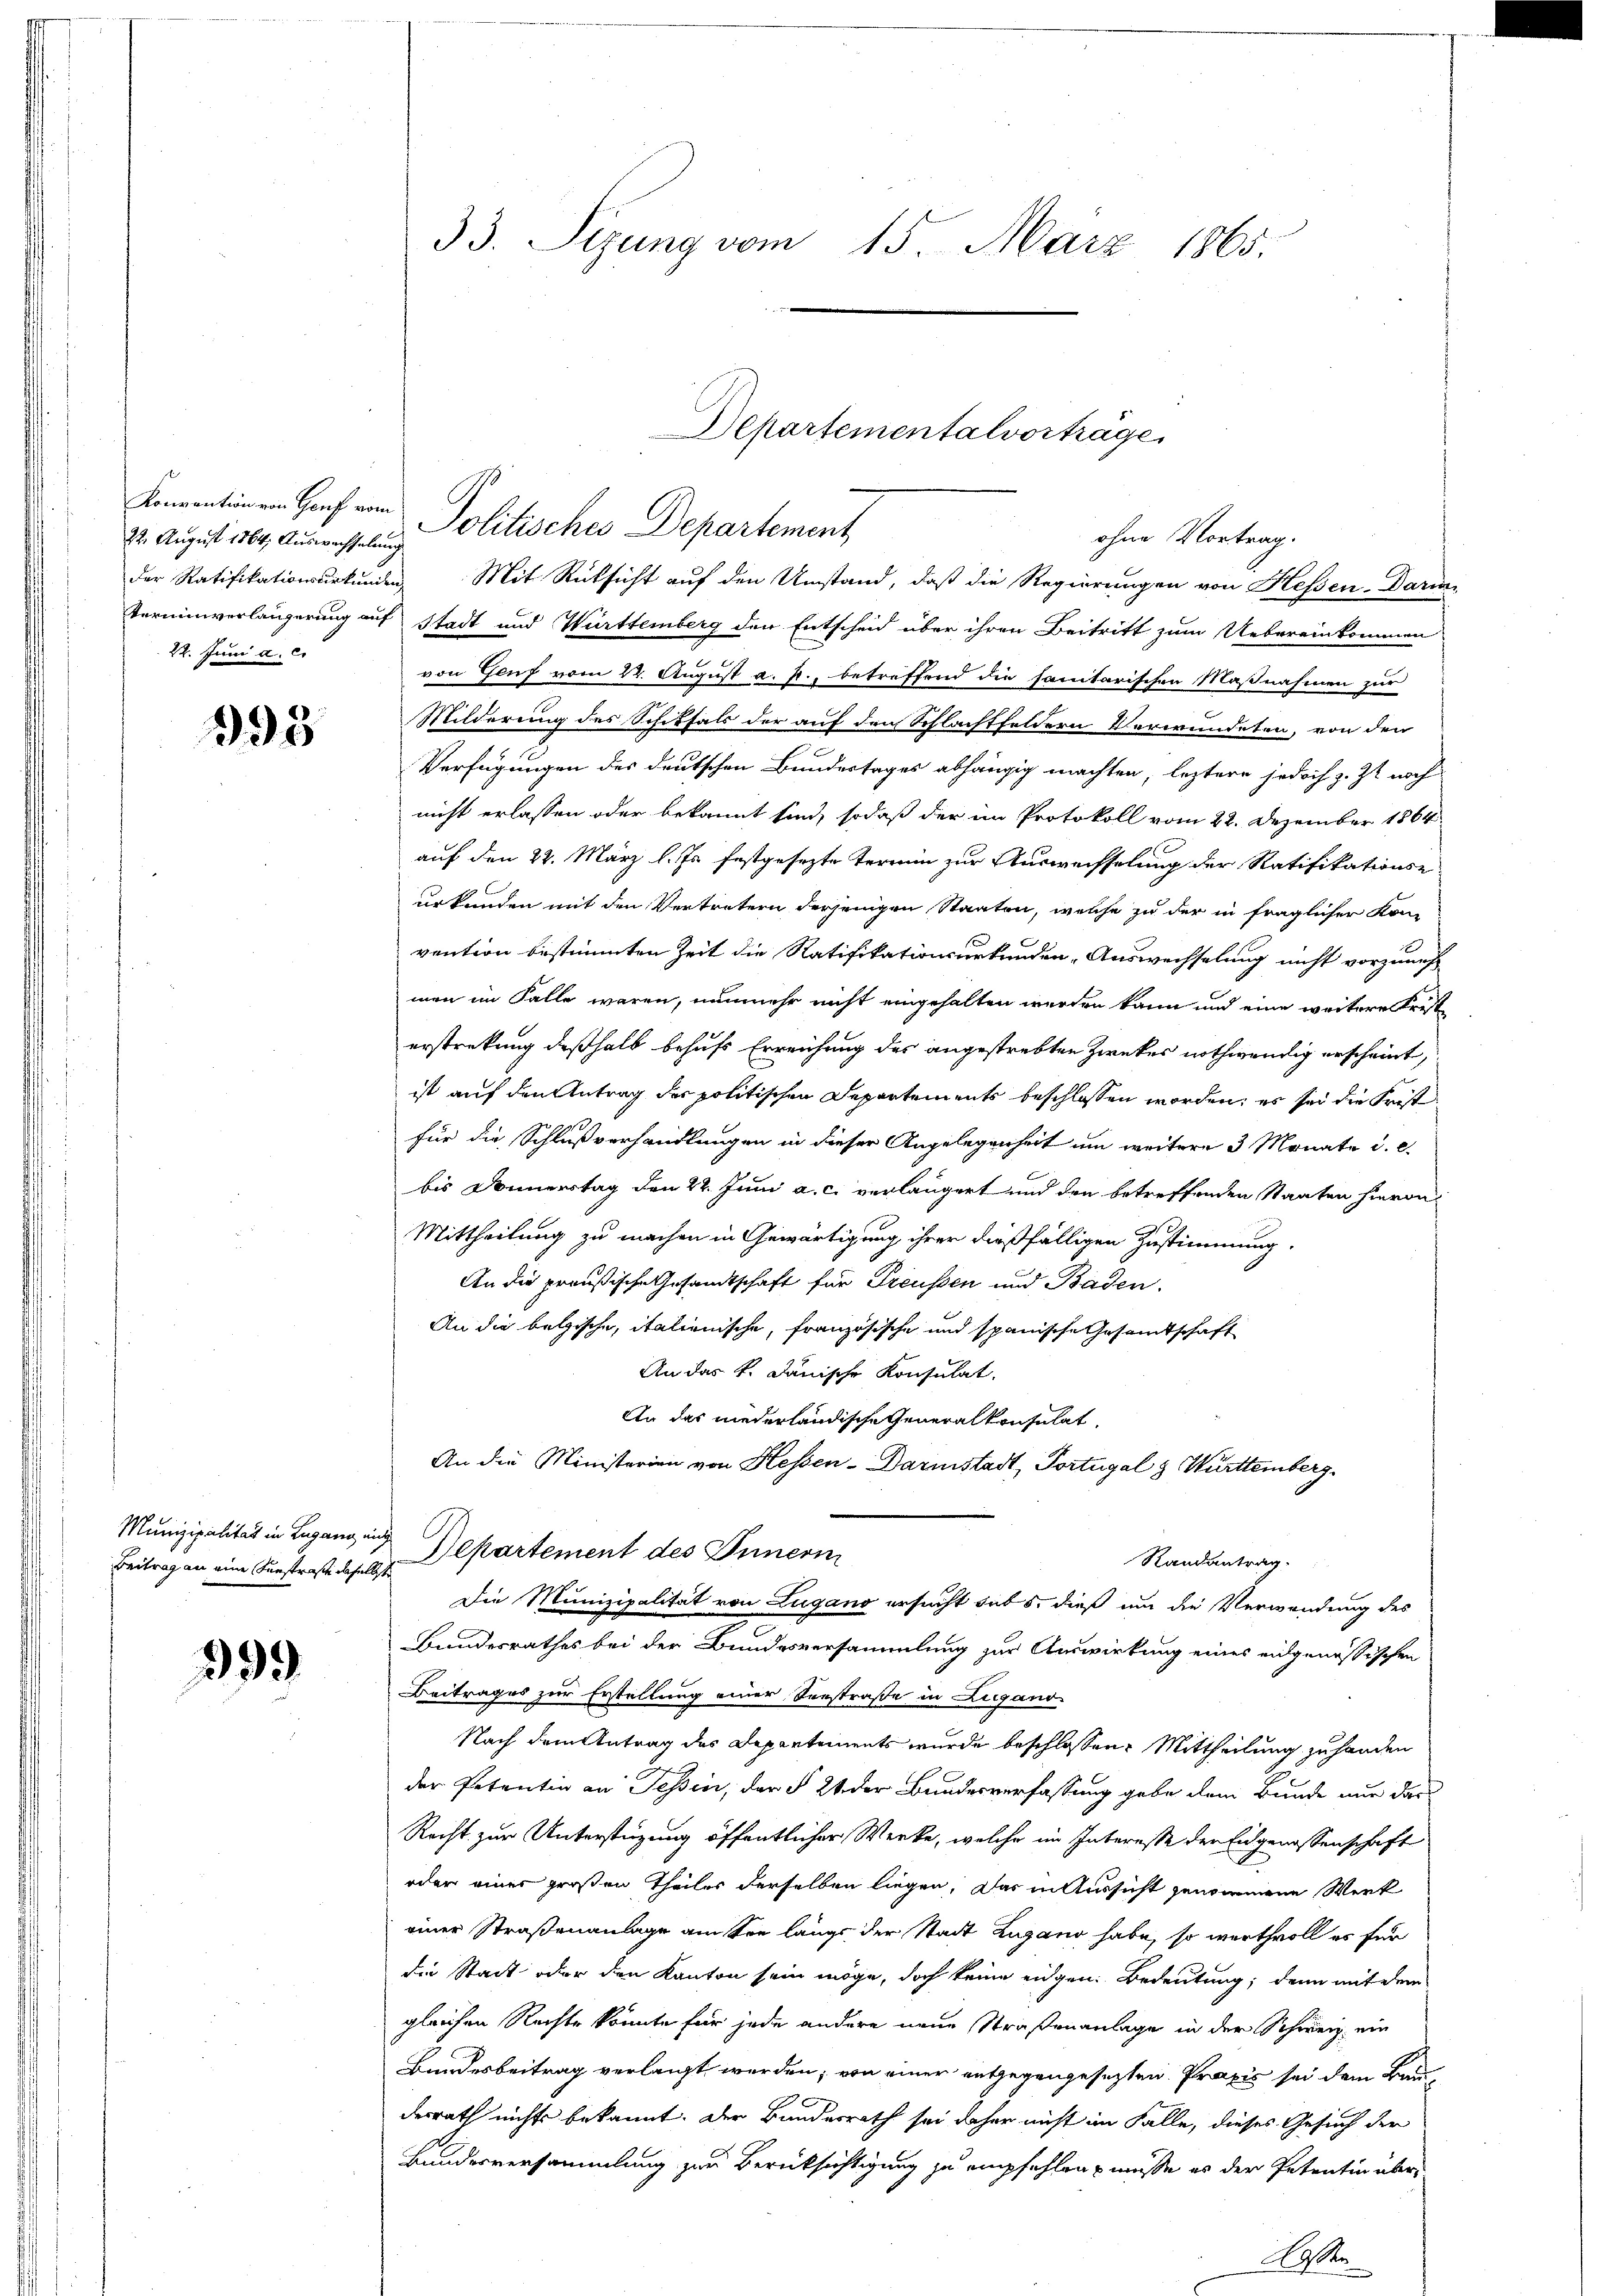
22. August 1864, Auswachselung
der Ratifikationsurkunden,
22. Juni a. c.

398

Munizipalität in Lugang auch

399

33. Sizung vom 15. März 1865.

Konventin an Hanf von Politisches Departement
Mit Rücksicht auf den Umstand, daß die Regierungen von Hessen-Darms
Terminverlängerung auf Stadt und Württemberg den Entscheid über ihren Beitritt zum Uebereinkommen
von Genf vom 22. August a. R., betreffend die sanitarischen Maßnahmen zur
Milderung des Schiksals der auf den Schlachtfeldern Verwundeten, von der
Verfügungen des deutschen Bundestages abhängig machten, leztere jedoch z. Zt. noch
nicht erlassen oder bekannt sind, sodaß der im Protokoll vom 22. Dezember 1864
auf den 22. März l. Js. festgesezte Termin zur Ausweisselung der Ratifikations-
urkunden mit den Vertretern derjenigen Staaten, welche zu der in fraglicher Kon-
vention bestimmten Zeit die Ratifikationsurkunden, Auswechselung nicht vorzuneh
men im Falle waren, nunmehr nicht eingehalten werden kann und eine weitere Frest
erstreckung deßhalb behufs Erreichung des angestrebten Zweckes nothwendig erscheint,
ist auf den Antrag der politischen Departements beschlossen worden; es sei die Friste
für die Schlußverhandlungen in dieser Angelegenheit um weitere 3 Monate d. d.
bis Donnerstag den 22. Juni a. c. verlängert und den betreffenden Staaten hievon
Mittheilung zu machen in Gewärtigung ihrer dießfälligen Zustimmung.
An die preußische Gesandtschaft für Preussen und Baden.
An die belgische, italienische, französische und spanische Gesamtschaft
An das k. Janische Konsulat
An das niederländische Generalkonsulat
An die Ministerien von Hessen-Darmstadt, Portugal & Württemberg
Beitrag an eine Kunstraße daselst Departement des Innern,
Randantrag.
Die Munizipalität von Lugano ersucht subs, dieß um die Verwendung des
Bundesrathes bei der Bundesversammlung zur Auswirkung eines eidgenössischen
Beitrages zur Erstellung einer Seestraße in Zugand
Nach dem Antrag des Departements wurde beschlossen: Mittheilung zu handen
der Petentin an Tessin, der § 24 der Bundesverfassung gebe dem Bunde nur der
Recht zur Unterstüzung öffentlicher Werke, welche im Interesse der Eidgenossenschaft
oder einer großen Theiles derselben liegen. Das in Aussicht genommene Werk
einer Straßenanlage am Son längs der Stadt Zugano habe, so werthvoll es für
die Stadt oder den Kanton sein möge, doch keine eidgen. Bedeutung; denn mit dem
gleichen Rechte könnte für jede andere neue Straßenanlage in der Schweiz ein
Bundesbeitrag verlangt werden; von einer entgegengesezten Praxis sei dem Bau
derrath nichts bekannt. Der Bundesrath sei daher nicht im Falle, dieses Gesuch der
Bundesversammlung zur Berücksichtigung zu empfehlen müsse es der Petentin übere

Departementalvorträge
ohne Vortrag.